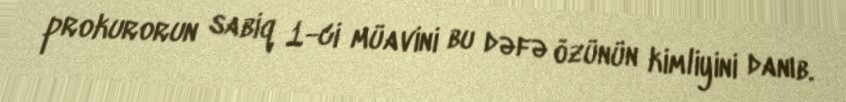
prokurorun sabiq 1-ci müavini bu dəfə özünün kimliyini danıb.